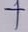
Text: +